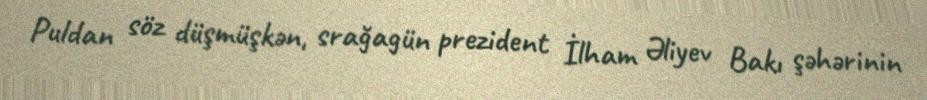
Puldan söz düşmüşkən, srağagün prezident İlham Əliyev Bakı şəhərinin